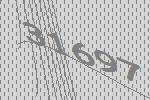
31697